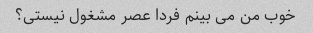
خوب من می بینم فردا عصر مشغول نیستی؟